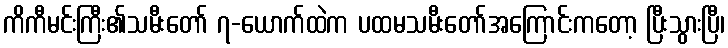
ကိကီမင်းကြီး၏သမီးတော် ၇-ယောက်ထဲက ပထမသမီးတော်အကြောင်းကတော့ ပြီးသွားပြီ၊